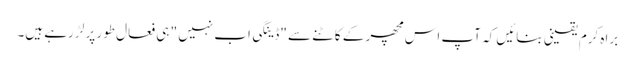
براہ کرم یقینی بنائیں کہ آپ اس مچھر کے کاٹنے سے "ڈینگی اب نہیں " ہی فعال طور پر لڑ رہے ہیں۔